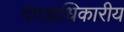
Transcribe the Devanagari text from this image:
दण्डाधिकारीय